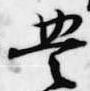
豊